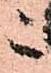
之